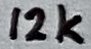
Text: 12k